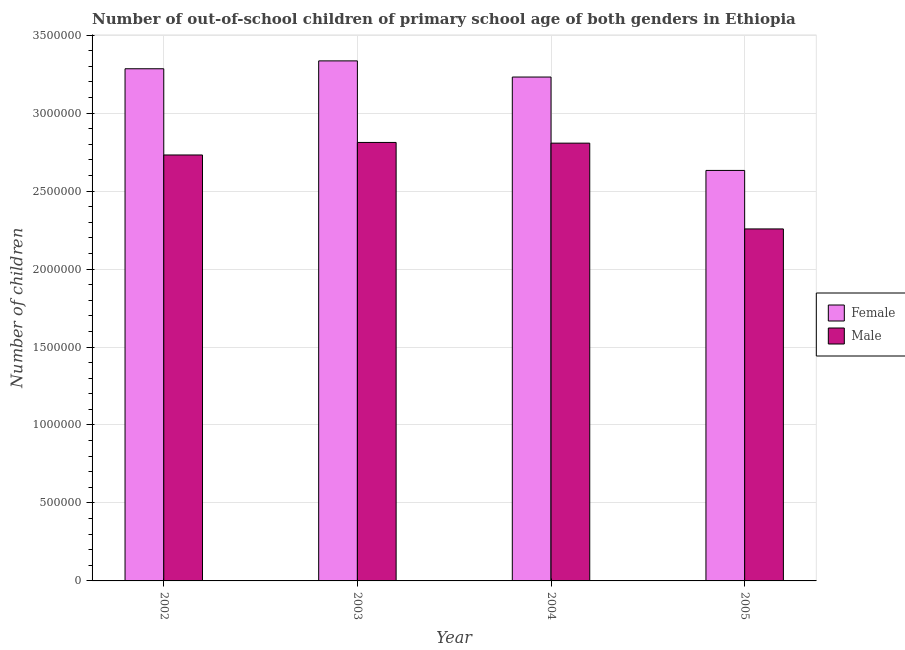
| Year | Female | Male |
 | --- | --- | --- |
 | 2002 | 3.28e+06 | 2.73e+06 |
 | 2003 | 3.34e+06 | 2.81e+06 |
 | 2004 | 3.23e+06 | 2.81e+06 |
 | 2005 | 2.63e+06 | 2.26e+06 |